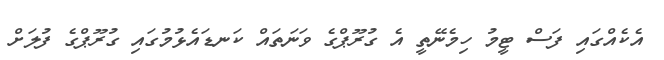
އެކެއްގައި ފަސް ޓީމު ހިމެނޭތީ އެ ގުރޫޕްގެ ވަނަތައް ކަނޑައެޅުމުގައި ގުރޫޕްގެ ފުލަށް